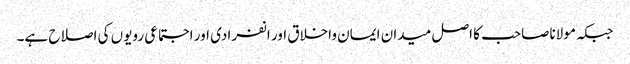
جبکہ مولاناصاحب کا اصل میدان ایمان واخلاق اور انفرادی اور اجتماعی رویوں کی اصلاح ہے۔